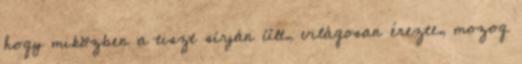
hogy miközben a tiszt sírján ült, világosan érezte, mozog